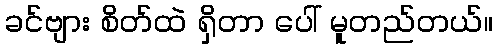
ခင်ဗျား စိတ်ထဲ ရှိတာ ပေါ် မူတည်တယ်။